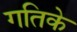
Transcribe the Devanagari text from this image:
गतिके